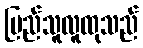
ပြည်သူလူထုသည်